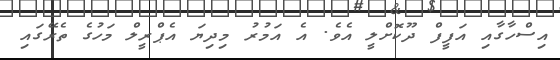
އިސްހާގާއި އަފީފް ދޫކޮށްލީ އެވެ. އެ އަމުރު މިދިޔަ އެޕްރީލް މަހުގެ ތެރޭގައިި